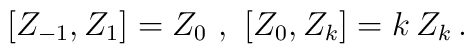
[Z_{-1} , Z_1] = Z_0 \ , \ [Z_0 , Z_k] = k \, Z_k \, .